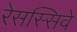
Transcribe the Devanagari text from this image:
रेसस्सिवे